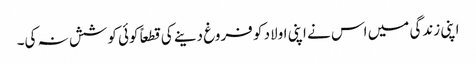
اپنی زندگی میں اس نے اپنی اولاد کو فروغ دینے کی قطعاً کوئی کوشش نہ کی۔